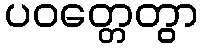
ပဝတ္တေတွာ